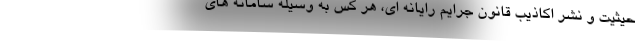
حیثیت و نشر اکاذیب قانون جرایم رایانه ای، هر کس به وسیله سامانه های